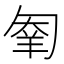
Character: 𠣮